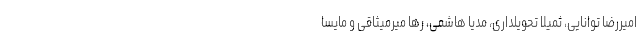
امیررضا توانایی، ثمیلا تحویلداری، مدیا هاشمی، رها میرمیثاقی و مایسا